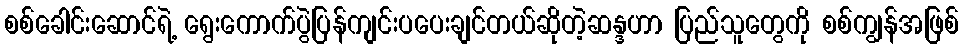
စစ်ခေါင်းဆောင်ရဲ့ ရွေးကောက်ပွဲပြန်ကျင်းပပေးချင်တယ်ဆိုတဲ့ဆန္ဒဟာ ပြည်သူတွေကို စစ်ကျွန်အဖြစ်